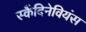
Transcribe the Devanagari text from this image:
स्कैंदिनेवियंस